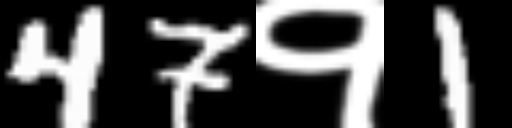
Text: 47१1